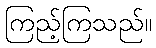
ကြည့်ကြသည်။